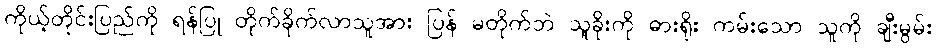
ကိုယ့်တိုင်းပြည်ကို ရန်ပြု တိုက်ခိုက်လာသူအား ပြန် မတိုက်ဘဲ သူခိုးကို ဓားရိုး ကမ်းသော သူကို ချီးမွမ်း